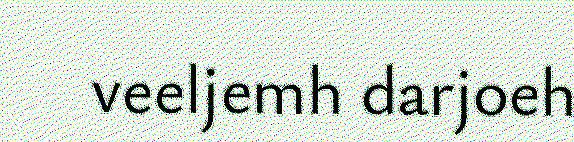
veeljemh darjoeh